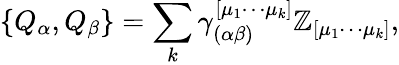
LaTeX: \{ Q_{\alpha},Q_{\beta}\} =\sum_{k}\gamma_{(\alpha\beta)}^{[\mu_{1}\cdots\mu_{k}]}\mathbb{Z}_{[\mu_{1}\cdots\mu_{k}]},